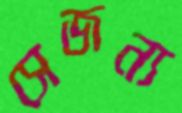
সেজন্য